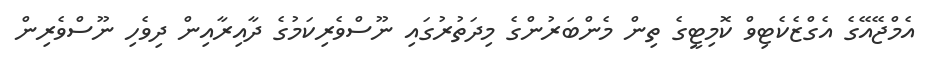
އެމްޖޭއޭގެ އެގްޒެކެޓިވް ކޮމިޓީގެ ތިން މެންބަރުންގެ މިދަތުރުގައި ނޫސްވެރިކަމުގެ ދާއިރާއިން ދިވެހި ނޫސްވެރިން